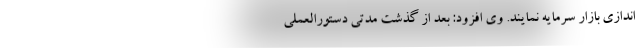
اندازی بازار سرمایه نمایند. وی افزود: بعد از گذشت مدتی دستورالعملی